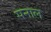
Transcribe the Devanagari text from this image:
सनाल